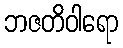
ဘဇတိဝါရော